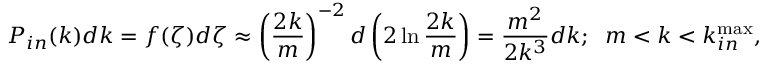
P _ { i n } ( k ) d k = f ( \zeta ) d \zeta \approx \left( \frac { 2 k } { m } \right) ^ { - 2 } d \left( 2 \ln \frac { 2 k } { m } \right) = \frac { m ^ { 2 } } { 2 k ^ { 3 } } d k ; \; \; m < k < k _ { i n } ^ { \operatorname* { m a x } } ,